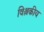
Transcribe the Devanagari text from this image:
विश्लकीय